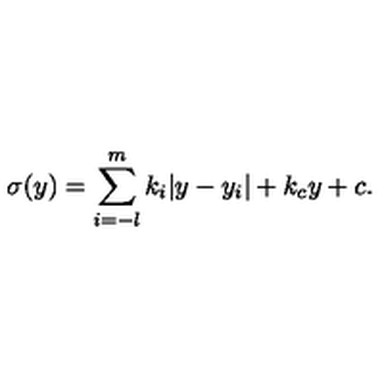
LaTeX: \sigma ( y ) = \sum _ { i = - l } ^ { m } k _ { i } | y - y _ { i } | + k _ { c } y + c . \,